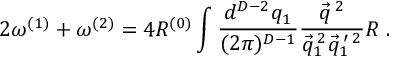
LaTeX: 2 \omega ^ { ( 1 ) } + \omega ^ { ( 2 ) } = 4 R ^ { ( 0 ) } \int \frac { d ^ { D - 2 } q _ { 1 } } { ( 2 \pi ) ^ { D - 1 } } \frac { \vec { q } ^ { \: 2 } } { \vec { q } _ { 1 } ^ { \: 2 } \vec { q } _ { 1 } ^ { \: \prime \: 2 } } R \; .